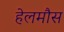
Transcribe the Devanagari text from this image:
हेलमौस